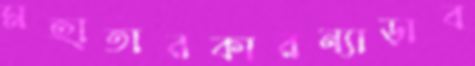
মহাতারকারন্যাড়াব